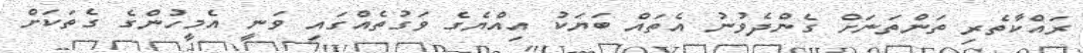
ރައްކާތެރި ތަންތަނަށް ގެންދެވުނު އެތައް ބަޔަކު އިއްޔެގެ ވަގުތެއްގައި ވަނީ އެމީހުންގެ ގެތަކަށް